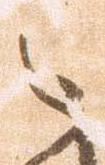
之